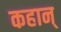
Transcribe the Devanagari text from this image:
कहान्